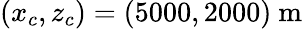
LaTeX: (x_{c},z_{c})=(5000,2000)~\mathrm{m}